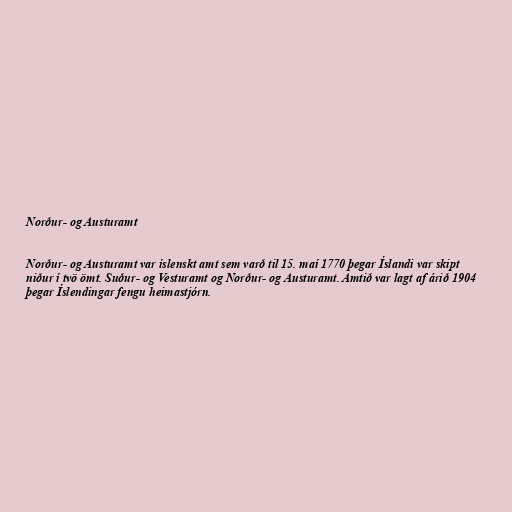
Norður- og Austuramt

Norður- og Austuramt var íslenskt amt sem varð til 15. maí 1770 þegar Íslandi var skipt
niður í tvö ömt. Suður- og Vesturamt og Norður- og Austuramt. Amtið var lagt af árið 1904
þegar Íslendingar fengu heimastjórn.